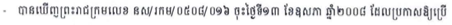
- បានឃើញព្រះរាជក្រមលេខ នស/រកម/០៥០៨/០១៦ ចុះថ្ងៃទី១៣ ខែឧសភា ឆ្នាំ២០០៨ ដែលប្រកាសឱ្យប្រើ